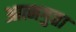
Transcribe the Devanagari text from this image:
आत्मगुप्ता